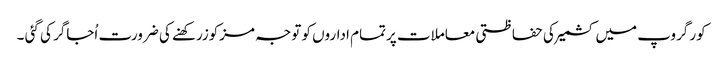
کور گروپ میں کشمیرکی حفاظتی معاملات پرتمام اداروں کو توجہ مزکوزرکھنے کی ضرورت اُجاگر کی گئی ۔